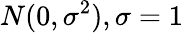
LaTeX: N(0,\sigma^{2}),\sigma=1